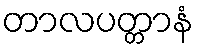
တာလပတ္တာနံ